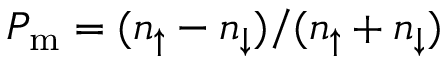
P _ { \mathrm { { m } } } = ( n _ { \uparrow } - n _ { \downarrow } ) / ( n _ { \uparrow } + n _ { \downarrow } )